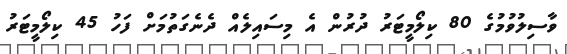
ވާސިލުވުމުގެ 80 ކިލޯމީޓަރު ދުރުން އެ މިސައިލެއް ދެނެގަތުމަށް ފަހު 45 ކިލޯމީޓަރު